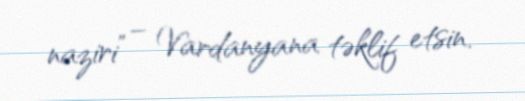
naziri” – Vardanyana təklif etsin.